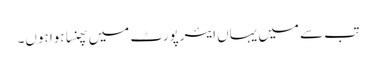
تب سے میں یہاں ایئرپورٹ میں پھنسا ہوا ہوں۔